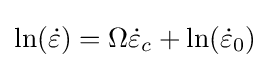
\ln({\dot {\varepsilon }})=\Omega {\dot {\varepsilon }}_{c}+\ln({\dot {\varepsilon }}_{0})